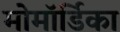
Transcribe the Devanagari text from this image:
मोमॉर्डिका